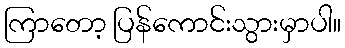
ကြာတော့ ပြန်ကောင်းသွားမှာပါ။